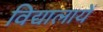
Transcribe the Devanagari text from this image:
विद्यालायें